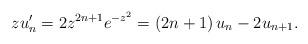
LaTeX: \begin{align*}zu_{n}^{\prime}=2z^{2n+1}e^{-z^{2}}=\left( 2n+1\right) u_{n}-2u_{n+1}.\end{align*}